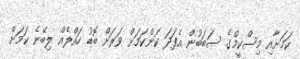
ކަމަށާއި މިސްކީމްގެ ސަބަބުން އެފަދަ ކަންކަމަށް ވަރަށް ބޮޑު ހައްލެއް ލިބޭނެ ކަމަށް